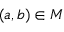
( a , b ) \in M